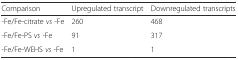
| Comparison | Upregulated transcript | Downregulated transcripts |
 | --- | --- | --- |
 | -Fe/Fe-citrate vs -Fe | 260 | 468 |
 | -Fe/Fe-PS vs -Fe | 91 | 317 |
 | -Fe/Fe-WEHS vs -Fe | 1 | 1 |